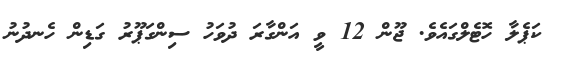
ކަޕެލާ ހޮޓެލްގައެވެ. ޖޫން 12 ވީ އަންގާރަ ދުވަހު ސިންގަޕޫރު ގަޑިން ހެނދުނު